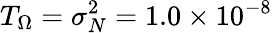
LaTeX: T_{\Omega}=\sigma_{N}^{2}=1.0\times 10^{-8}